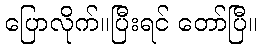
ပြောလိုက်။ပြီးရင် တော်ပြီ။